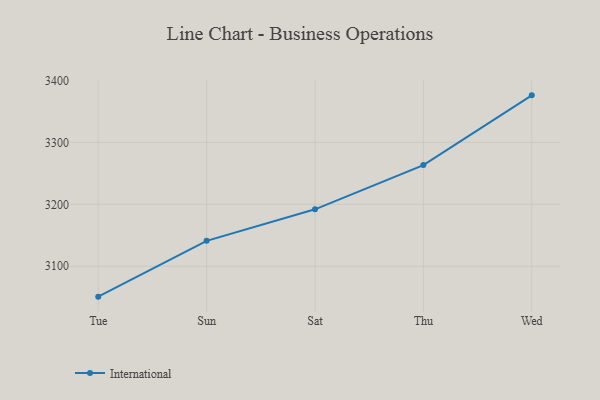
{"axis": {"x": "Day", "y": "Latency (ms)"}, "legend": ["International"], "data": [{"x": "Tue", "y": 3050.9, "type": "International"}, {"x": "Sun", "y": 3141.0, "type": "International"}, {"x": "Sat", "y": 3191.9, "type": "International"}, {"x": "Thu", "y": 3263.3, "type": "International"}, {"x": "Wed", "y": 3375.9, "type": "International"}]}